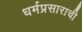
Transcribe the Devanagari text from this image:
धर्मप्रसाराची